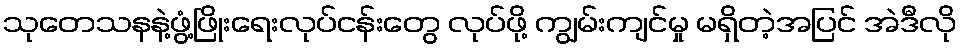
သုတေသနနဲ့ဖွံ့ဖြိုးရေးလုပ်ငန်းတွေ လုပ်ဖို့ ကျွမ်းကျင်မှု မရှိတဲ့အပြင် အဲဒီလို